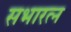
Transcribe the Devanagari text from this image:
सभारत्न